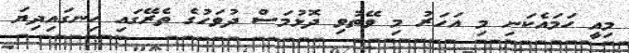
މިއީ ހަމައެކަނި މި އަހަރު މި ވޭތުވި ދޮޅުމަސް ދުވަހުގެ ތެރޭގައި ހިނގައިދިޔަ